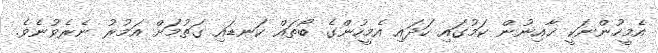
އެމީހުންނަކީ ޚާއިނުން ކަމުގައި ހަދައި އެމީހުންގެ ބޯތައް ކަނޑައި ގަތުމަށް އަމުރު ނެރެވުނެވެ.